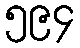
၅၉၄